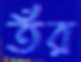
তঁর